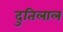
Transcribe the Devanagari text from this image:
दुतिलाल